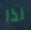
لذا